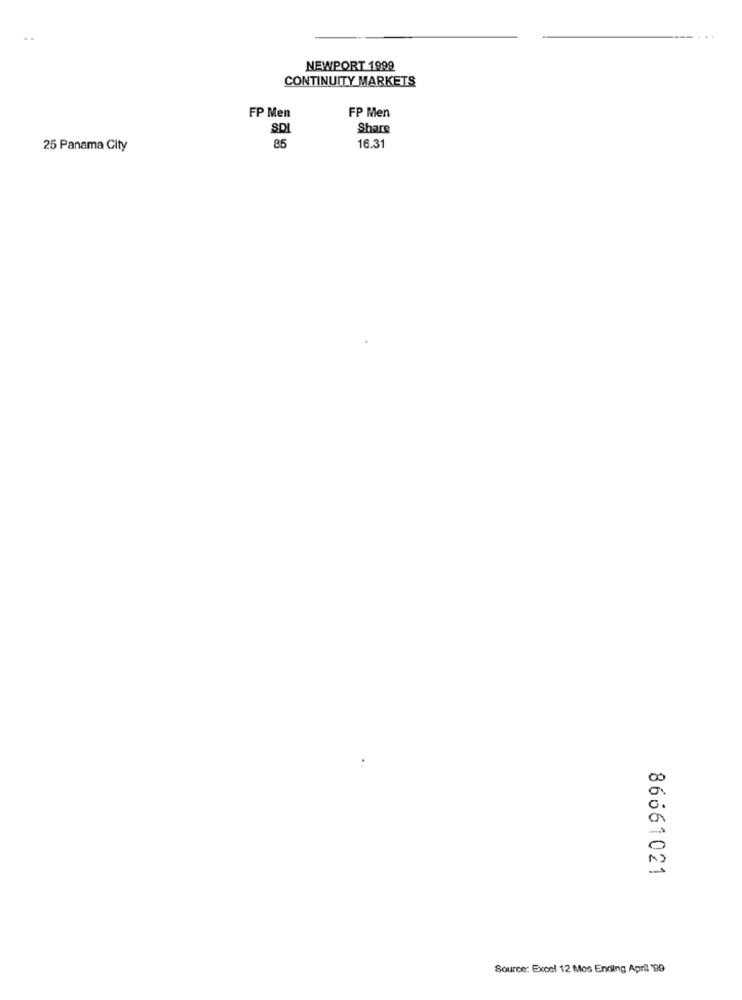
NEWPORT 1999
CONTINUITY MARKETS
FP Men
FP Men
SDI
Share
25 Panama City
85
16.31
86661021
Source: Excel 12 Mos Ending April '99